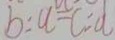
b : a = c : d